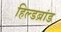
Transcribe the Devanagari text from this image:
हिल्डब्रांड